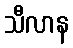
သီလာန